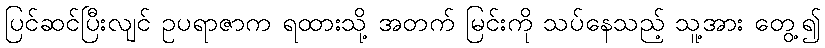
ပြင်ဆင်ပြီးလျင် ဥပရာဇာက ရထားသို့ အတက် မြင်းကို သပ်နေသည့် သူ့အား တွေ့၍